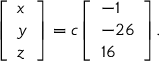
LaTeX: { \left[ \begin{array} { l } { x } \\ { y } \\ { z } \end{array} \right] } = c { \left[ \begin{array} { l } { - 1 } \\ { - 2 6 } \\ { 1 6 } \end{array} \right] } .